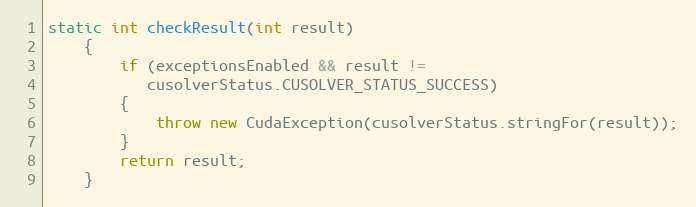
Language: Java
static int checkResult(int result)
    {
        if (exceptionsEnabled && result !=
           cusolverStatus.CUSOLVER_STATUS_SUCCESS)
        {
            throw new CudaException(cusolverStatus.stringFor(result));
        }
        return result;
    }